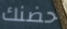
حضنك